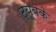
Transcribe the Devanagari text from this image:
ट्यूबके